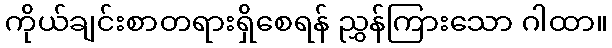
ကိုယ်ချင်းစာတရားရှိစေရန် ညွှန်ကြားသော ဂါထာ။